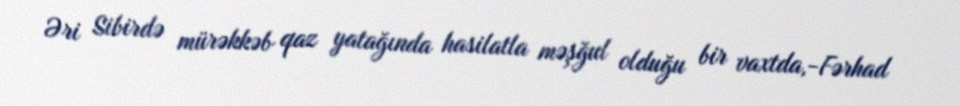
Əri Sibirdə mürəkkəb qaz yatağında hasilatla məşğul olduğu bir vaxtda,-Fərhad